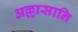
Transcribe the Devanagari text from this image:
अल्लासानि